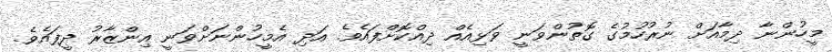
މީހުންނާ ދިމާއަށް ނުރުހުމުގެ ގޮތުންވަނީ ވަޅިއެއް ދިއްކޮށްފައެވެ. އަދި އެމީހުންނަށްވަނީ އިންޒާރު ދީފައެވެ.